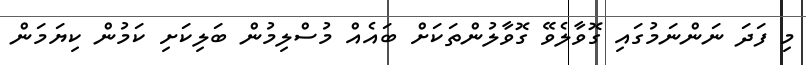
މި ފަދަ ނަންނަމުގައި ގޮވާލެވޭ ގޮވާލުންތަކަށް ބައެއް މުސްލިމުން ބަލިކަށި ކަމުން ކިޔަމަން